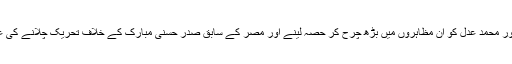
احمد ماہر، احمد دوما اور محمد عدل کو ان مظاہروں میں بڑھ چرح کر حصہ لینے اور مصر کے سابق صدر حسنی مبارک کے خلاف تحریک چلانے کی علامت سمجھا جاتا ہے۔